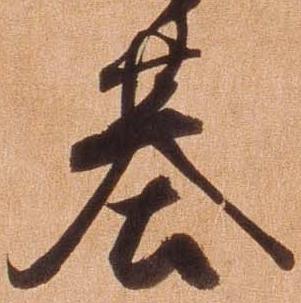
基